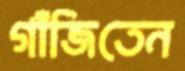
গাঁজিতেন